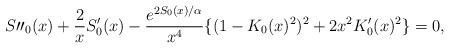
LaTeX: \begin{align*}S\prime \prime _{0}(x)+\frac{2}{x}S^{\prime }_{0}(x)-\frac{e^{2S_{0}(x)/\alpha }}{x^{4}}\{(1-K_{0}(x)^{2})^{2}+2x^{2}K^{\prime }_{0}(x)^{2}\}=0,\end{align*}